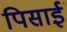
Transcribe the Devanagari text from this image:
पिसाईं